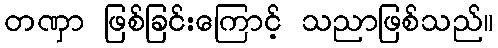
တဏှာ ဖြစ်ခြင်းကြောင့် သညာဖြစ်သည်။